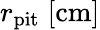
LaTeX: r_{\mathrm{pit}}\; [\mathrm{cm}]